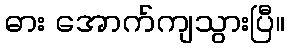
ဓား အောက်ကျသွားပြီ။